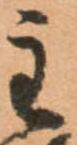
主